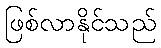
ဖြစ်လာနိုင်သည်